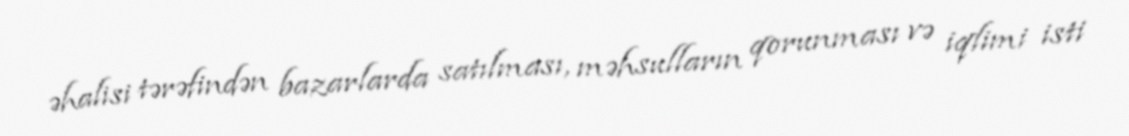
əhalisi tərəfindən bazarlarda satılması, məhsulların qorunması və iqlimi isti